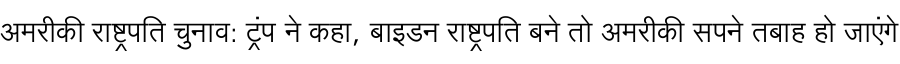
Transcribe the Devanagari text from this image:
अमरीकी राष्ट्रपति चुनाव: ट्रंप ने कहा, बाइडन राष्ट्रपति बने तो अमरीकी सपने तबाह हो जाएंगे